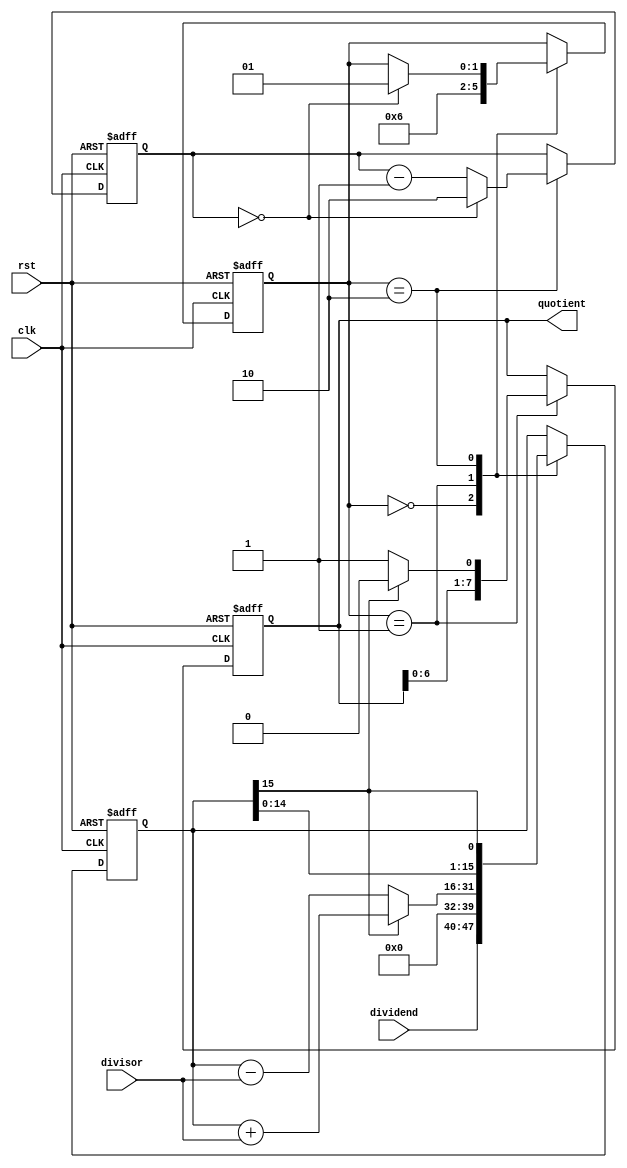
module non_restoring_divider (
    input wire clk,                  // Clock input
    input wire rst,                  // Reset input
    input wire [7:0] dividend,       // Dividend input
    input wire [7:0] divisor,        // Divisor input
    output reg [7:0] quotient        // Quotient output
);

reg [15:0] remainder;               // Partial remainder
reg [7:0] quotient_reg;             // Quotient register
reg [1:0] div_block;                // Divider block size

reg [1:0] state;                    // Control unit state

always @(posedge clk or posedge rst) begin
    if (rst) begin
        remainder <= 16'd0;
        quotient_reg <= 8'd0;
        div_block <= 2'd2;
        state <= 2'd0;
    end else begin
        case (state)
            2'd0: begin // Initialization
                remainder <= {dividend, 8'd0};
                state <= 2'd1;
            end
            2'd1: begin // Subtraction
                if (remainder[15] == 1'b1) begin
                    remainder <= remainder + divisor;
                    quotient_reg <= {quotient_reg[6:0], 1'b0};
                end else begin
                    remainder <= remainder - divisor;
                    quotient_reg <= {quotient_reg[6:0], 1'b1};
                end
                state <= 2'd2;
            end
            2'd2: begin // Shift
                remainder <= {remainder[14:0], remainder[15]};
                div_block <= div_block - 1;
                if (div_block == 2'd0) begin
                    div_block <= 2'd2;
                    state <= 2'd1;
                end
            end
        endcase
    end
end

assign quotient = quotient_reg;

endmodule